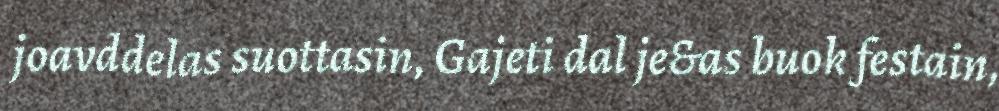
joavddelas suottasin, Gajeti dal je&as buok festain,